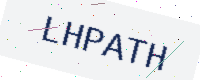
Text: LHPATH